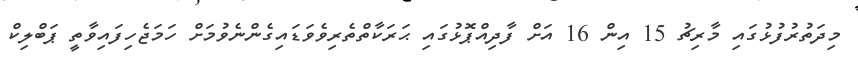
މިދަތުރުފުޅުގައި މާރިޗު 15 އިން 16 އަށް ފާދިއްޕޮޅުގައި ޙަރަކާތްތެރިވެވަޑައިގެންނެވުމަށް ހަމަޖެހިފައިވާތީ ޕަބްލިކް